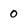
Character: 0